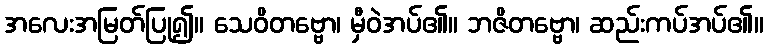
အလေးအမြတ်ပြု၍။ သေဝိတဗ္ဗော၊ မှီဝဲအပ်၏။ ဘဇိတဗ္ဗော၊ ဆည်းကပ်အပ်၏။